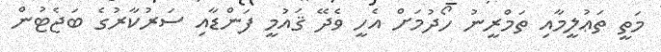
މަތީ ތަޢުލީމާއި ތަމްރީނު ހޯދުމަށް އެހީ ވެދޭ ޤައުމީ ފަންޑާއި ސަރުކާރުގެ ބަޖެޓުން